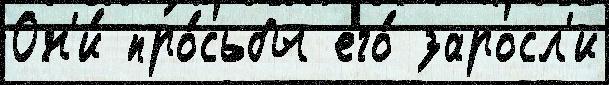
Он'и́ про́сьбы его́ заросл'и